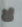
لا